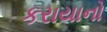
કરાયાનો